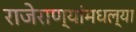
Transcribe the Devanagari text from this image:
राजेराण्यांमधल्या